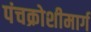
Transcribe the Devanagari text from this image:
पंचक्रोशीमार्ग